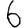
Digit: 6